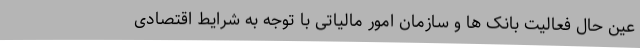
عین حال فعالیت بانک ها و سازمان امور مالیاتی با توجه به شرایط اقتصادی